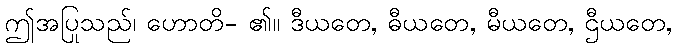
ဤအပြုသည်၊ ဟောတိ- ၏။ ဒီယတေ, ဓီယတေ, မီယတေ, ဌီယတေ,